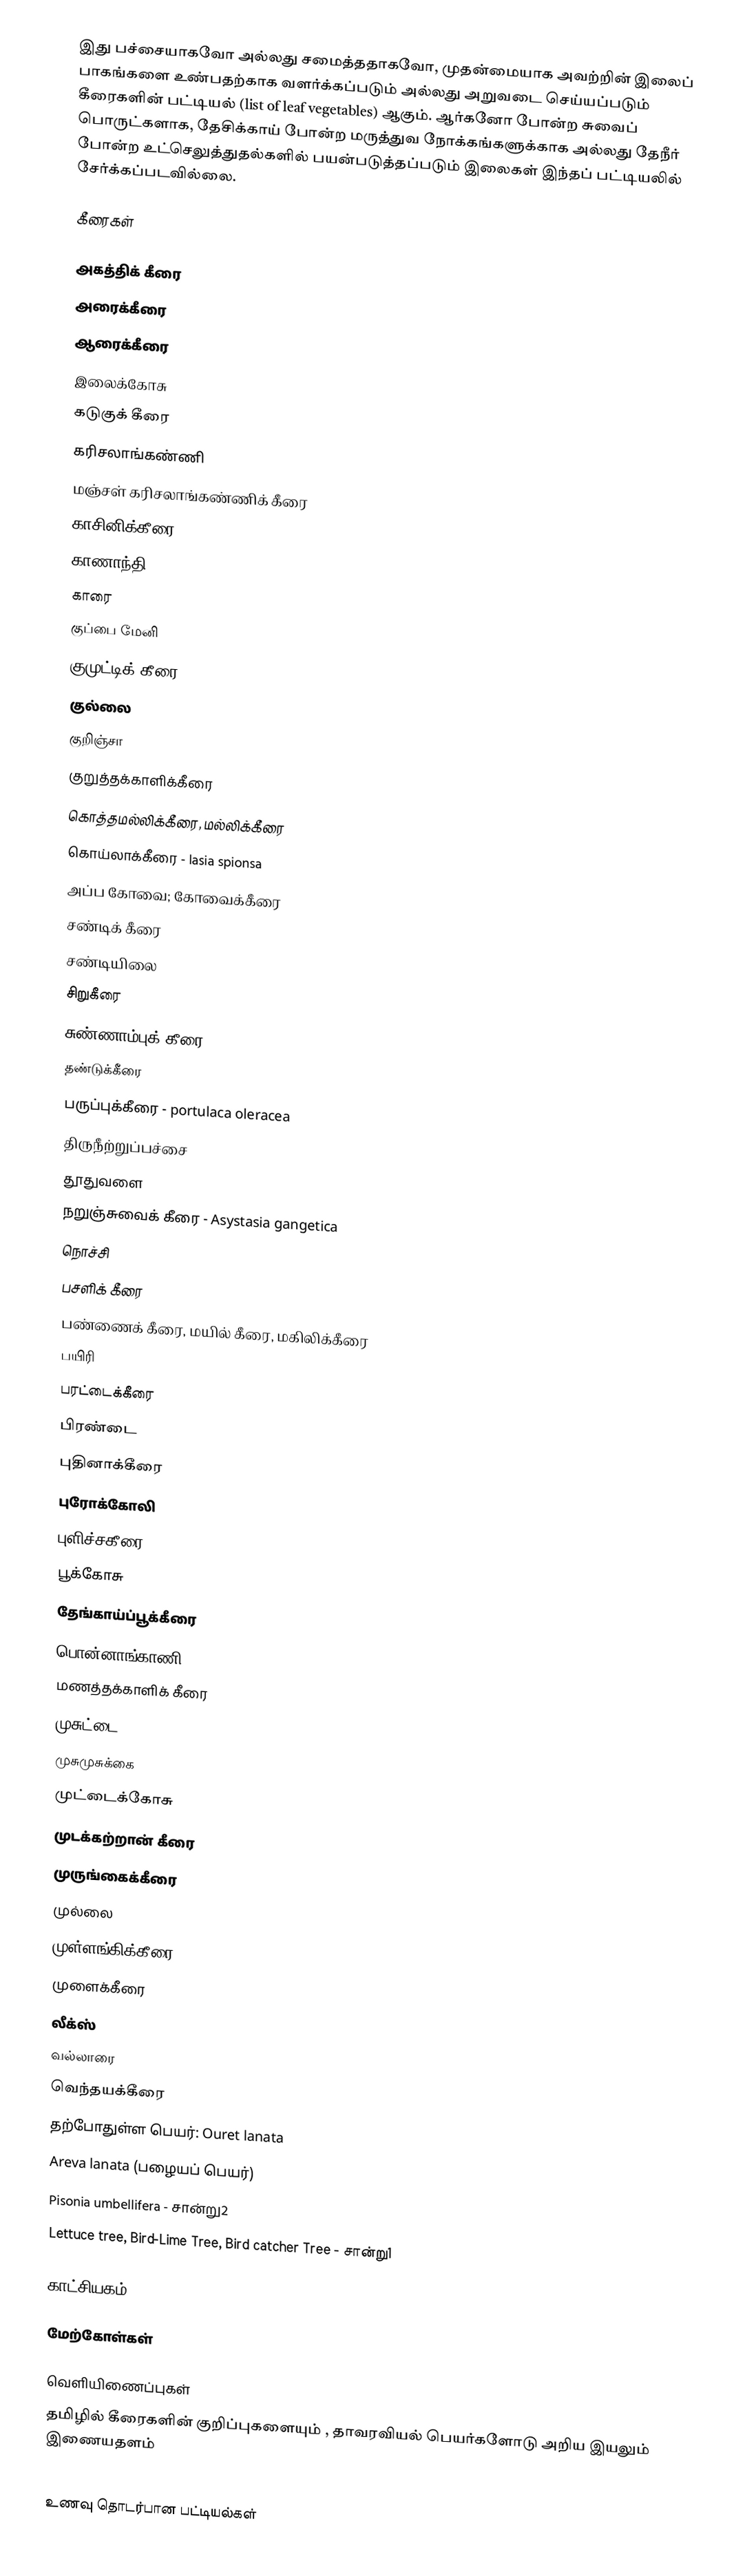
இது பச்சையாகவோ அல்லது சமைத்ததாகவோ, முதன்மையாக அவற்றின் இலைப் பாகங்களை உண்பதற்காக வளர்க்கப்படும் அல்லது அறுவடை செய்யப்படும் கீரைகளின் பட்டியல் (list of leaf vegetables) ஆகும். ஆர்கனோ போன்ற சுவைப் பொருட்களாக, தேசிக்காய் போன்ற மருத்துவ நோக்கங்களுக்காக அல்லது தேநீர் போன்ற உட்செலுத்துதல்களில் பயன்படுத்தப்படும் இலைகள் இந்தப் பட்டியலில் சேர்க்கப்படவில்லை.

கீரைகள்

 அகத்திக் கீரை
 அரைக்கீரை
 ஆரைக்கீரை
 இலைக்கோசு
 கடுகுக் கீரை
 கரிசலாங்கண்ணி
 மஞ்சள் கரிசலாங்கண்ணிக் கீரை
 காசினிக்கீரை
 காணாந்தி
 காரை
 குப்பை மேனி
 குமுட்டிக் கீரை
 குல்லை
 குறிஞ்சா
 குறுத்தக்காளிக்கீரை
 கொத்தமல்லிக்கீரை, மல்லிக்கீரை
 கொய்லாக்கீரை - lasia spionsa
 அப்ப கோவை; கோவைக்கீரை
 சண்டிக் கீரை
 சண்டியிலை
 சிறுகீரை
 சுண்ணாம்புக் கீரை
 தண்டுக்கீரை
 பருப்புக்கீரை - portulaca oleracea
 திருநீற்றுப்பச்சை
 தூதுவளை
 நறுஞ்சுவைக் கீரை - Asystasia gangetica
 நொச்சி
 பசளிக் கீரை
 பண்ணைக் கீரை, மயில் கீரை,  மகிலிக்கீரை
 பயிரி
 பரட்டைக்கீரை
 பிரண்டை
 புதினாக்கீரை
 புரோக்கோலி
 புளிச்சகீரை
 பூக்கோசு
 தேங்காய்ப்பூக்கீரை
 பொன்னாங்காணி
 மணத்தக்காளிக் கீரை
 முசுட்டை
 முசுமுசுக்கை
 முட்டைக்கோசு
 முடக்கற்றான் கீரை
 முருங்கைக்கீரை
 முல்லை
 முள்ளங்கிக்கீரை
 முளைக்கீரை
 லீக்ஸ்
 வல்லாரை
 வெந்தயக்கீரை
 தற்போதுள்ள பெயர்: Ouret lanata
 Areva lanata (பழையப் பெயர்)
 Pisonia umbellifera - சான்று2
 Lettuce tree, Bird-Lime Tree, Bird catcher Tree - சான்று1

காட்சியகம்

மேற்கோள்கள்

வெளியிணைப்புகள்
 தமிழில் கீரைகளின் குறிப்புகளையும் , தாவரவியல் பெயர்களோடு அறிய இயலும் இணையதளம்

உணவு தொடர்பான பட்டியல்கள்